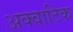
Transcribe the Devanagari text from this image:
अक्वाटिक